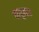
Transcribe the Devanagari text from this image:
वायुभार